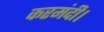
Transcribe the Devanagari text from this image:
करमंदी।